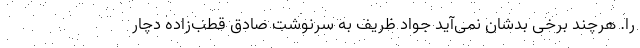
را. هر‌چند برخی بدشان نمی‌آید جواد ظریف به سرنوشت صادق قطب‌زاده دچار